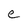
Character: e